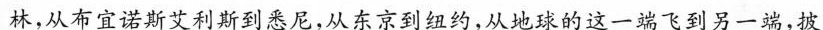
林，从布宜诺斯艾利斯到悉尼，从东京到纽约，从地球的这一端飞到另一端，披